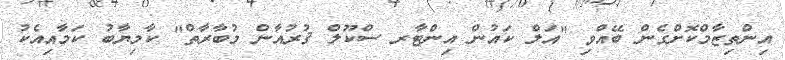
އިންތިޒާމްކޮށްގެން ބޭއްވި "އަލް ކައުން އިންޓާރ ސްކޫލް ޤުރުއާން މުބާރާތް" ކާމިޔާބު ކަމާއިއެކު